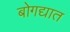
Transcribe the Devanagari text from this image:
बोगद्यात